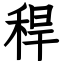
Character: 稈